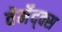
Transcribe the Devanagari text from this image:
वेर्मेद्क्स